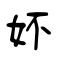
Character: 妚